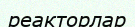
реакторлар